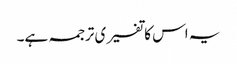
یہ اس کا تفسیری ترجمہ ہے۔